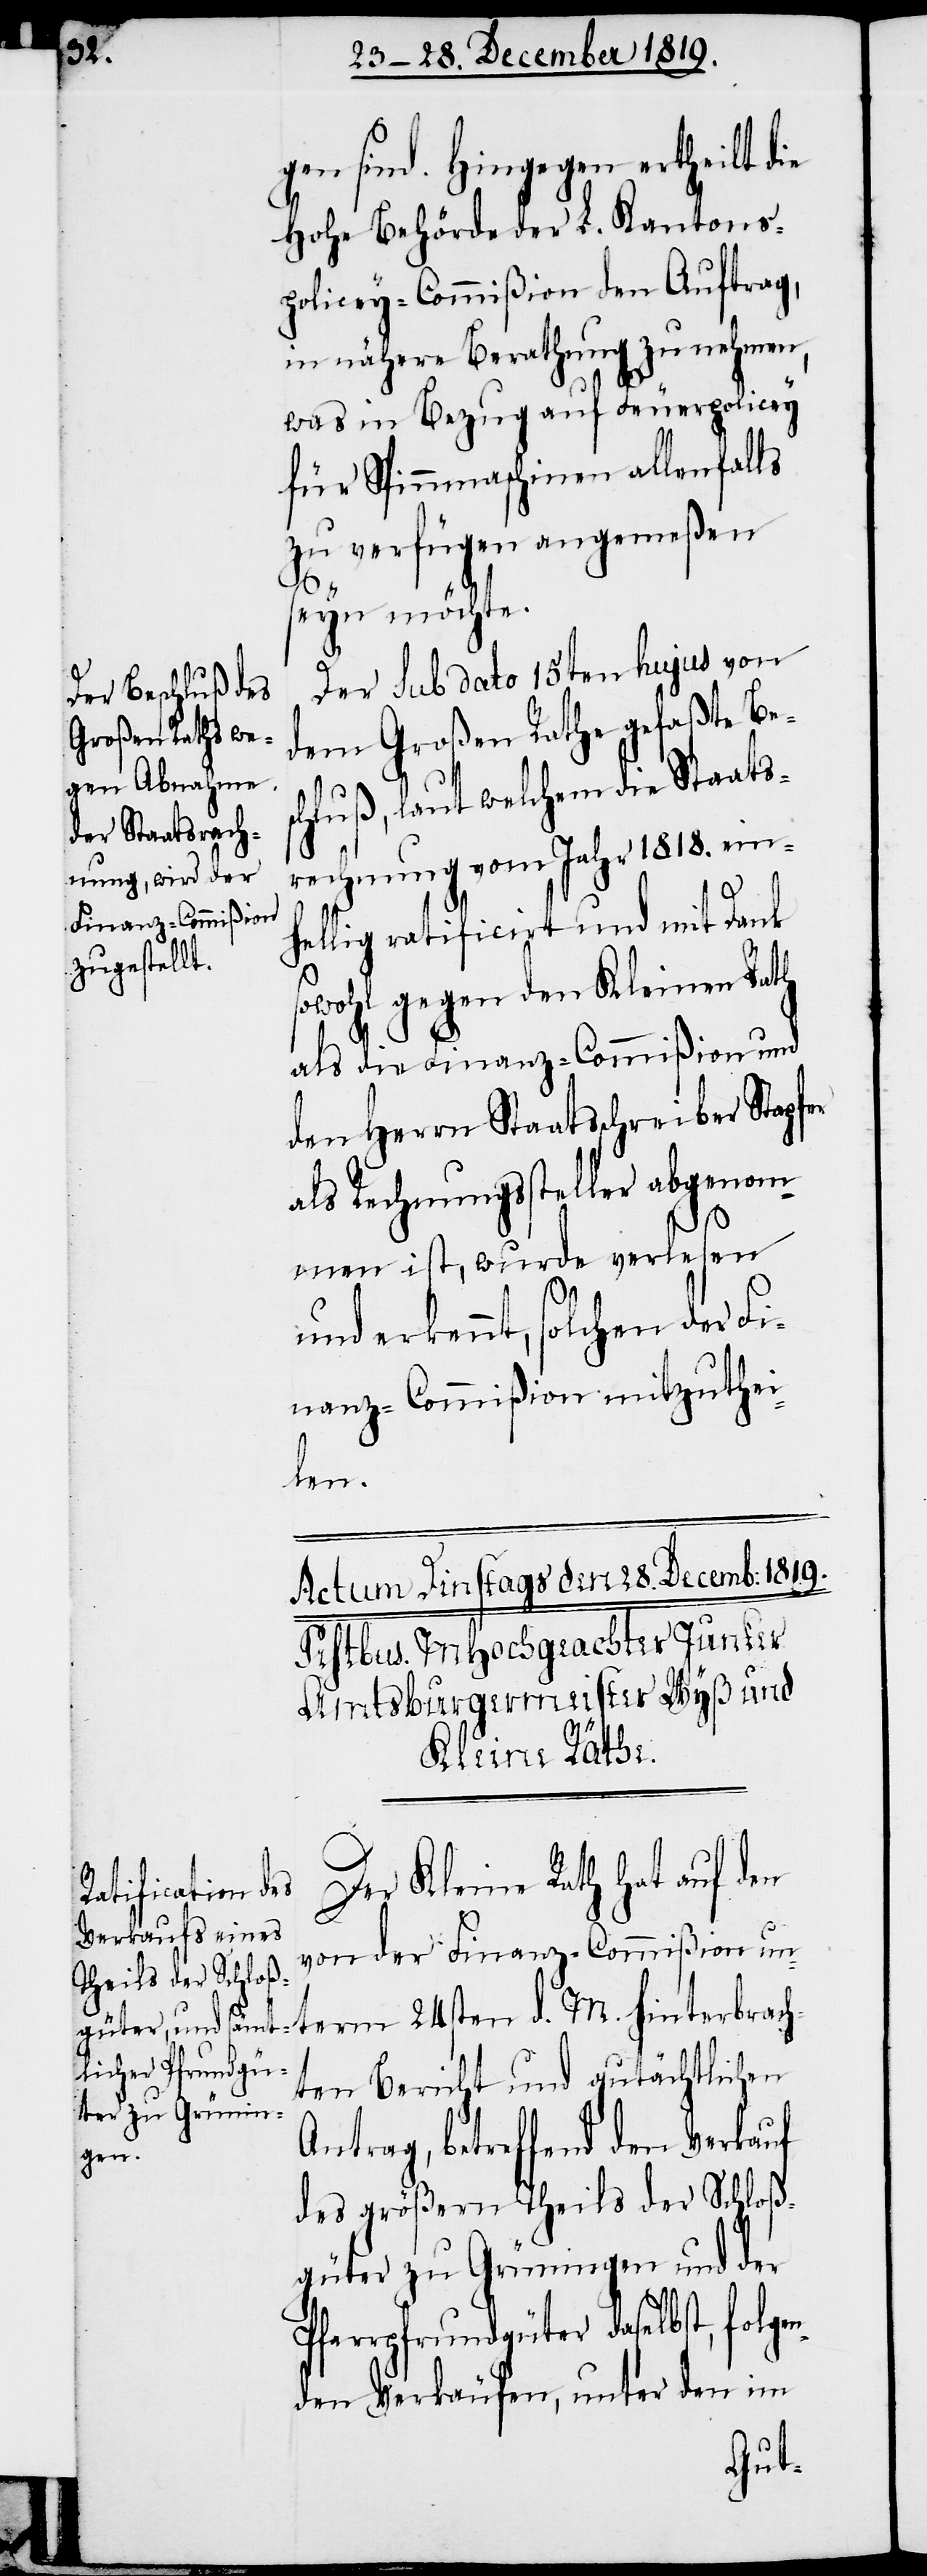
gen sind. Hingegen ertheilt d¬
hohe Behörde der L. Kantons-P¬
olicey-Commißion den Auftrag,
in nähere Berathung zu nehmen,
was in Bezug auf Feuerpolicey
für Spinnmaschinen allenfalls
zu verfügen angemeßen
seyn möchte.
Der sub dato 15ten hujus von
dem Großen Rathe gefaßte Bes¬
chluß, laut welchem die Staats¬
rechnung vom Jahr 1818. ein¬
hellig ratificirt und mit Dank
sowohl gegen den Kleinen Rath
als die Finanz-Commißion und
den Herrn Staatsschreiber Stapfer
als Rechnungssteller abgenom¬
men ist, wurde verlesen
M.
und erkennt, solchen der Fi¬
nanz-Commißion mitzuthei¬
len.
term 24sten
Der Kleine Rath hat auf den
von der Finanz-Commißion un¬
hinterbrach¬
ten Bericht und gutächtlichen
Antrag, betreffend den Verkauf
gen¬
des größern Theils der Schloß¬
güter zu Grüningen und der
Pfarrpfrundgüter daselbst, fol¬
den Verkäufen, unter den im